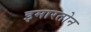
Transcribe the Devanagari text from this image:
इमारतोन